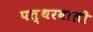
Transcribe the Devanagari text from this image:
पत्थरवाली